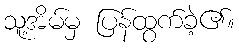
သူ့အိမ်မှ ပြန်ထွက်ခဲ့၏။